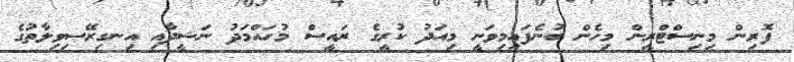
ފޮރިން މިނިސްޓްރީން މިހެން ބުނެފައިމިވަނީ މިއަދު ކުރީގެ ރައީސް މުހައްމަދު ނަޝީދާއި އިނގިރޭސިވިލާތުގެ